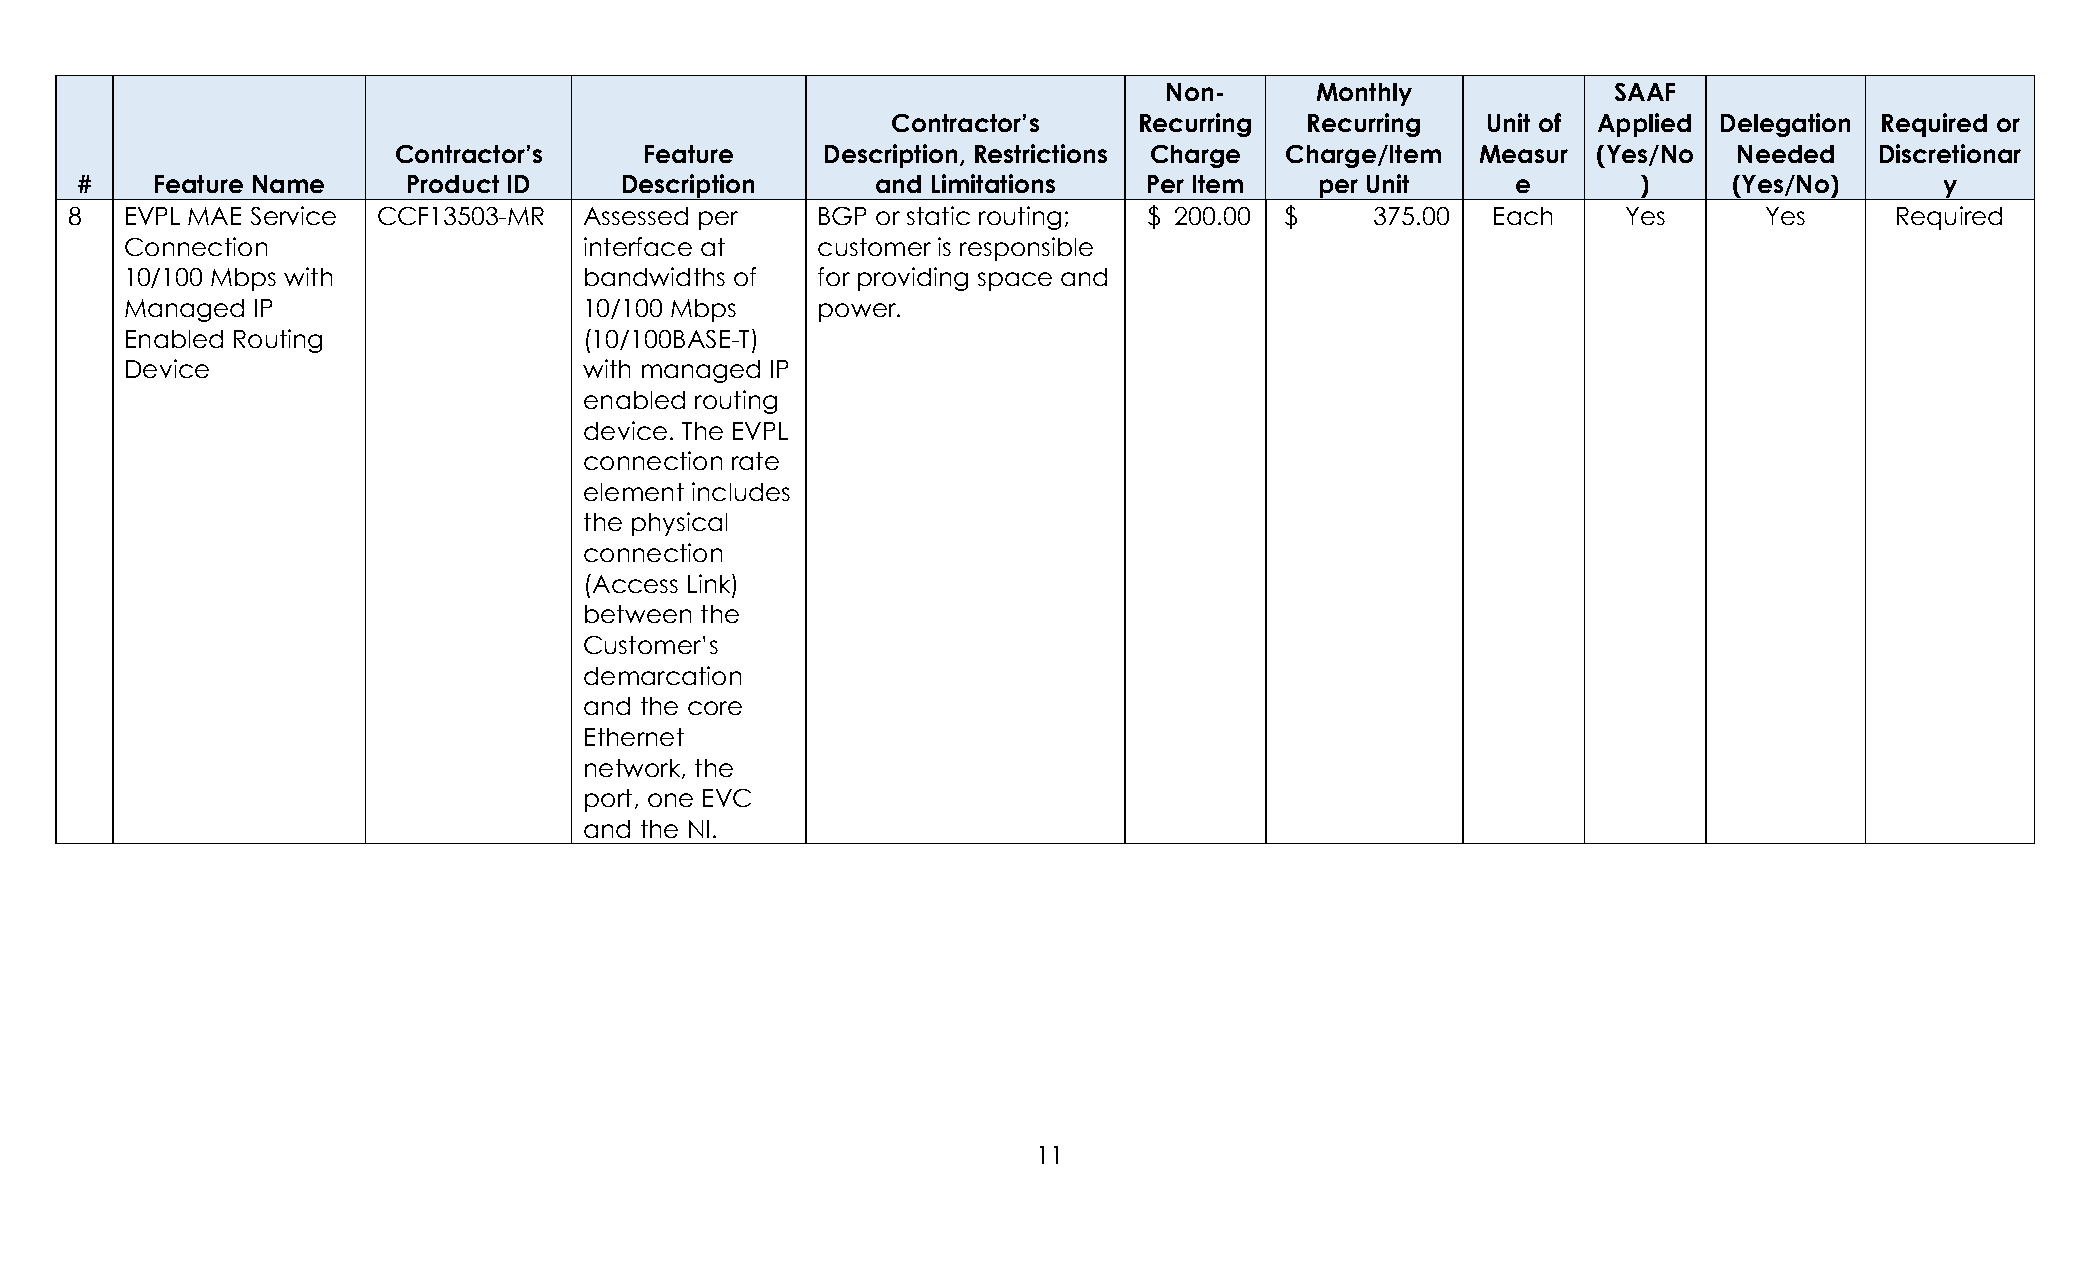
Non-      Monthly             SAAF
 Contractor’s    Recurring  Recurring   Unit of Applied Delegation Required or
 Contractor’s     Feature     Description, Restrictions Charge Charge/Item Measur (Yes/No Needed   Discretionar
 #    Feature Name     Product ID    Description      and Limitations   Per Item   per Unit     e        )     (Yes/No)      y
 8   EVPL MAE Service CCF13503-MR   Assessed per   BGP or static routing; $ 200.00 $    375.00  Each     Yes      Yes     Required
 Connection                     interface at   customer is responsible
 10/100 Mbps with               bandwidths of  for providing space and
 Managed  IP                    10/100 Mbps    power.
 Enabled Routing                (10/100BASE-T)
 Device                         with managed IP
 enabled routing
 device. The EVPL
 connection rate
 element includes
 the physical
 connection
 (Access Link)
 between the
 Customer’s
 demarcation
 and the core
 Ethernet
 network, the
 port, one EVC
 and the NI.
 11